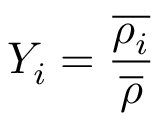
Y _ { i } = \frac { \overline { { \rho _ { i } } } } { \overline { { \rho } } }